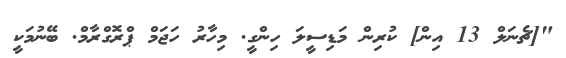
"[ޗެނަލް 13 އިން] ކުރިން މަޑިސީލަ ހިންގީ. މިހާރު ހަޖަމް ޕްރޮގްރާމް. ބޭނުމަކީ